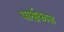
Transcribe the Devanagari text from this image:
पार्श्वकाल